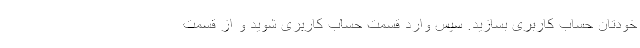
خودتان حساب کاربری بسازید. سپس وارد قسمت حساب کاربری شوید و از قسمت